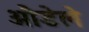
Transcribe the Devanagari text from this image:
औडेले